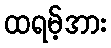
ထရမ့်အား